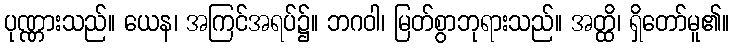
ပုဏ္ဏားသည်။ ယေန၊ အကြင်အရပ်၌။ ဘဂဝါ၊ မြတ်စွာဘုရားသည်။ အတ္ထိ၊ ရှိတော်မူ၏။